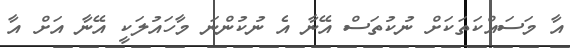
އާ މަސައްކަތަކަށް ނުކުތަސް އޭނާ އެ ނުކުންނަ މާހައުލަކީ އޭނާ އަށް އާ